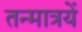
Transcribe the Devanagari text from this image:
तन्मात्रयें